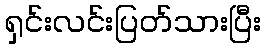
ရှင်းလင်းပြတ်သားပြီး